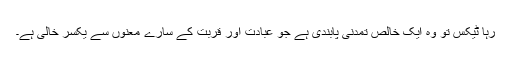
رہا ٹیکس تو وہ ایک خالص تمدنی پابندی ہے جو عبادت اور قربت کے سارے معنوں سے یکسر خالی ہے۔